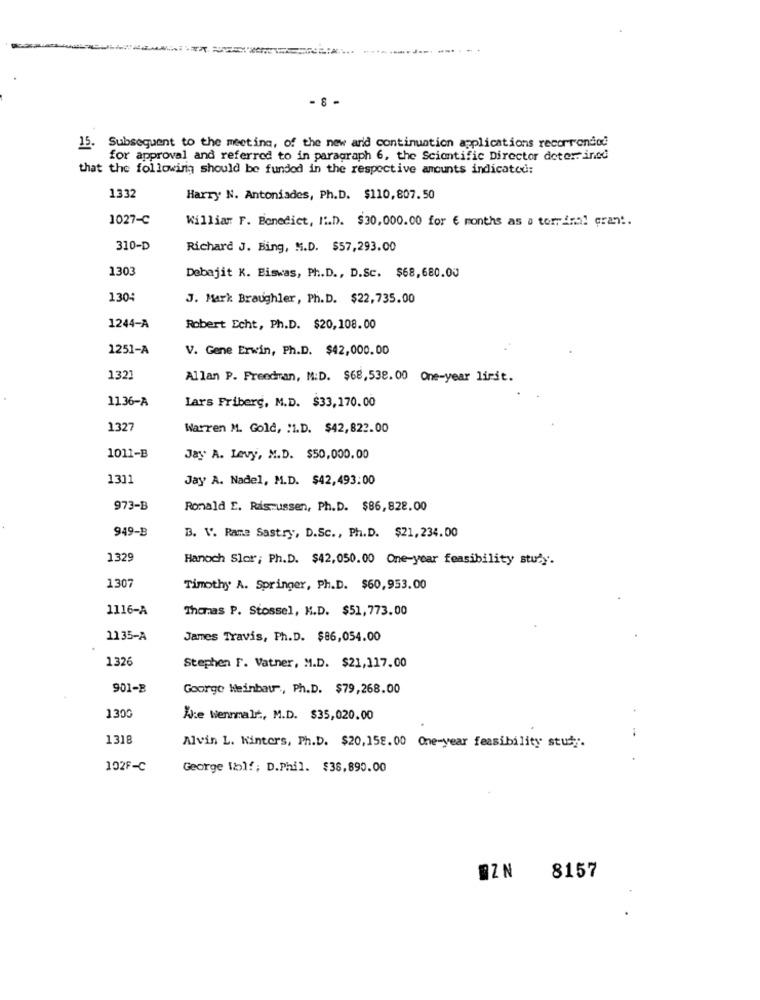
- 8 -
15.
Subsequent to the meeting, of the new and continuation applications recorrendod
for approval and referred to in paragraph 6, the Scientific Director determined
that the following should be funded in the respective amounts indicated:
1332
Harry N. Antoniades, Ph.D. $110,807.50
1027-C
William F. Benedict, I.D. $30,000.00 for € months as a torrimal crant.
310-D
Richard J. Bing, M.D. $57,293.00
1303
Debajit K. Biswas, Ph.D ., D.Sc. $68,680.00
1304
J. Mark Braughler, Ph.D. $22,735.00
1244-A
Robert Echt, Ph.D. $20,108.00
1251-A
V. Gene Erwin, Ph.D. $42,000.00
1321
Allan P. Freedran, M:D. $68,538. 00 One-year lirit.
1136-A
Lars Friberg, M.D. $33,170.00
1327
Warren M. Gold, "1.D. $42,822.00
1011-B
Jay A. Levy, M.D. $50,000.00
1311
Jay A. Nadel, M.D. $42,493:00
973-B
Ronald E. Rasmussen, Ph.D. $86,828.00
949-B
B. V. Rame Sastry, D.Sc ., Ph.D. $21,234.00
1329
Hanoch Slor; Ph.D. $42,050.00 One-year feasibility study.
1307
Timothy A. Springer, Ph.D. $60,953.00
1116-A
Thomas P. Stossel, M.D. $51,773.00
1135-A
James Travis, Ph.D. $86,054.00
1326
Stephen F. Vatner, M.D. $21,117.00
901-B
Goorge Weinbau ., Ph.D. $79,268.00
1300
We Wennmalrt, M.D. $35,020.00
1318
Alvin L. Kinters, Ph.D. $20,158.00 One-year feasibility stut".
102F-C
George Whol !; D.Phil. $38,890.00
AZN
8157